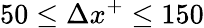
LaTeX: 50\le\Delta x^{+}\leq 150